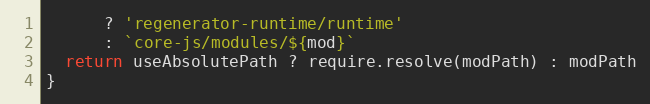
Language: JavaScript
      ? 'regenerator-runtime/runtime'
      : `core-js/modules/${mod}`
  return useAbsolutePath ? require.resolve(modPath) : modPath
}